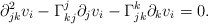
\begin{align*} \partial^2_{jk}v_i-\Gamma_{kj}^j\partial_jv_i-\Gamma_{jk}^k\partial_kv_i=0.\end{align*}